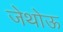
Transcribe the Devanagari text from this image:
जेथोऊ